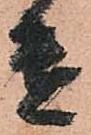
遣